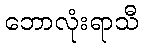
ဘောလုံးရာသီ